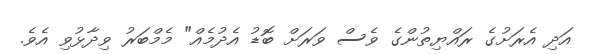
އަދި އެރަށުގެ ރައްޔިތުންގެ ވެސް ވަރަށް ބޮޑު އެދުމެއް" މެމްބަރު ވިދާޅުވި އެވެ.